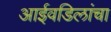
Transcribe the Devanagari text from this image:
आईवडिलांचा